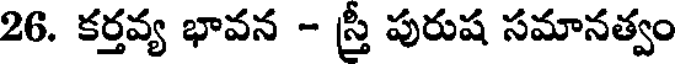
26. కర్తవ్య భావన - స్త్రీ పురుష సమానత్వం